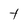
Character: t